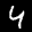
Label: 4